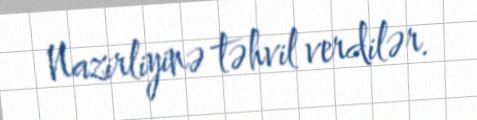
Nazirliyinə təhvil verdilər.